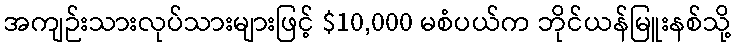
အကျဉ်းသားလုပ်သားများဖြင့် $10,000 မစံပယ်က ဘိုင်ယန်မြူးနစ်သို့